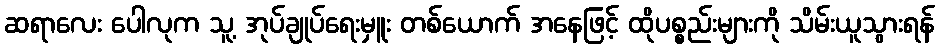
ဆရာလေး ပေါလုက သူ့ အုပ်ချုပ်ရေးမှူး တစ်ယောက် အနေဖြင့် ထိုပစ္စည်းများကို သိမ်းယူသွားရန်